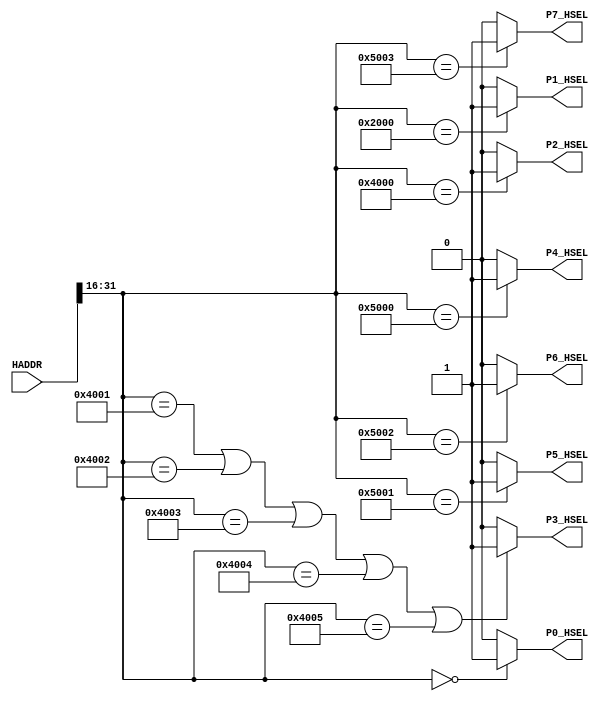
module AHBlite_Decoder
#(
    parameter Port0_en = 1,
    parameter Port1_en = 1,
    parameter Port2_en = 1,
    parameter Port3_en = 1,
    parameter Port4_en = 1,
    parameter Port5_en = 1,
    parameter Port6_en = 1,
    parameter Port7_en = 1
)(
    input [31:0] HADDR,
    
    output wire P0_HSEL,
    output wire P1_HSEL,
    output wire P2_HSEL,
    output wire P3_HSEL,       
    output wire P4_HSEL,
    output wire P5_HSEL,
    output wire P6_HSEL,
    output wire P7_HSEL
);

//RAMCODE-----------------------------------

//0x00000000-0x0000ffff
/*Insert RAMCODE decoder code there*/
assign P0_HSEL = (HADDR[31:16] == 16'h0000) ? Port0_en : 1'd0;
/***********************************/

//RAMDATA-----------------------------
//0X20000000-0X2000FFFF
/*Insert RAMDATA decoder code there*/
assign P1_HSEL = (HADDR[31:16] == 16'h2000) ? Port1_en : 1'b0;
/***********************************/

//AHB_TO_APB_BRIDGE-----------------------------
//0X40000000
/*Insert WaterLight decoder code there*/
assign P2_HSEL = (HADDR[31:16] == 16'h4000) ? Port2_en : 1'd0;
/***********************************/

//0X40010000 CAMERA
//0X40010000-0X4004FFFF CAMERA-Cache
//0X40050000 CAMERA-Config
/*Insert UART decoder code there*/
assign P3_HSEL = (  HADDR[31:16] == 16'h4001||
                    HADDR[31:16] == 16'h4002||
                    HADDR[31:16] == 16'h4003||
                    HADDR[31:16] == 16'h4004||
                    HADDR[31:16] == 16'h4005) ? Port3_en : 1'd0;
/***********************************/

//0x50000000 LCD
assign P4_HSEL = (HADDR[31:16] == 16'h5000) ? Port4_en : 1'd0;
/***********************************/

//0x50010000 GAME_SPRITERAM RAM
assign P5_HSEL = (HADDR[31:16] == 16'h5001) ? Port5_en : 1'd0;
/***********************************/

//0x50020000 GAME_NAMETABLE_RAM nameTable
assign P6_HSEL = (HADDR[31:16] == 16'h5002) ? Port6_en : 1'd0;
/***********************************/

//0x50030000 APU
assign P7_HSEL = (HADDR[31:16] == 16'h5003) ? Port7_en : 1'd0;
/***********************************/

endmodule